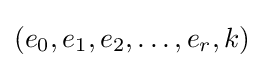
(e_{0},e_{1},e_{2},\ldots ,e_{r},k)